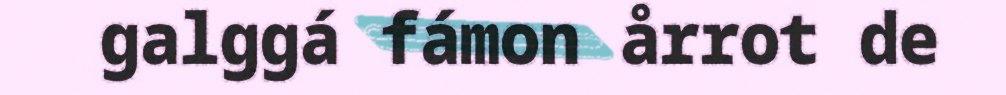
galggá fámon årrot de